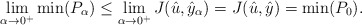
\begin{align*}\lim_{\alpha\rightarrow 0^+}\min(P_\alpha)\leq \lim_{\alpha\rightarrow 0^+}J(\hat u,\hat y_\alpha)=J(\hat u,\hat y)=\min(P_0).\end{align*}